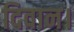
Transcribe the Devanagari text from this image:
दिवान।